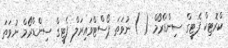
ކްރޮޓިކް ފެޓީގް ސިންޑްރޯމް ( ) ނުވަތަ ޕޯސްޓްވައިރަލް ފެޓީގް ސިންޑްރޯމް ނުވަތަ